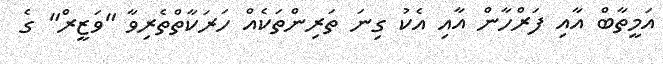
އަމީތާބް އާއި ފަރްހާން އާއި އެކު ގިނަ ތަރިންތަކެއް ހަރަކާތްތެރިވާ "ވަޒީރް" ގެ